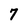
Character: 7